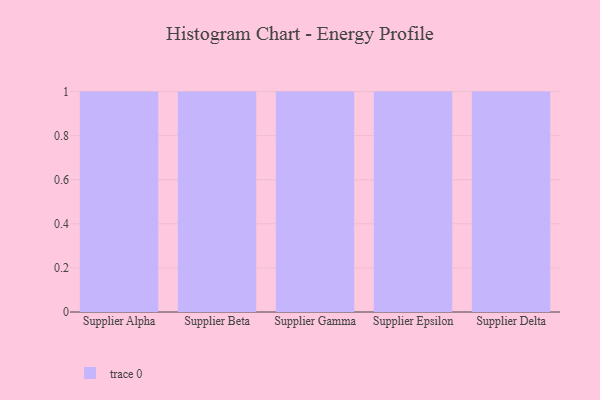
{"axis": {"x": "Supplier", "y": "Demand Index"}, "legend": [""], "data": [{"x": "Supplier Alpha", "y": 10, "type": ""}, {"x": "Supplier Beta", "y": 49, "type": ""}, {"x": "Supplier Gamma", "y": 65, "type": ""}, {"x": "Supplier Epsilon", "y": 34, "type": ""}, {"x": "Supplier Delta", "y": 4, "type": ""}]}